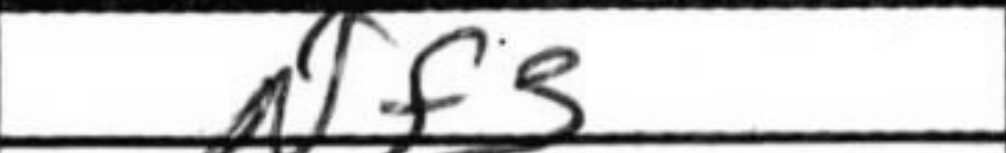
Transcription: Nf3